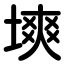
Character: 塽